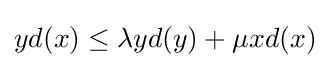
yd(x)\leq \lambda yd(y)+\mu xd(x)